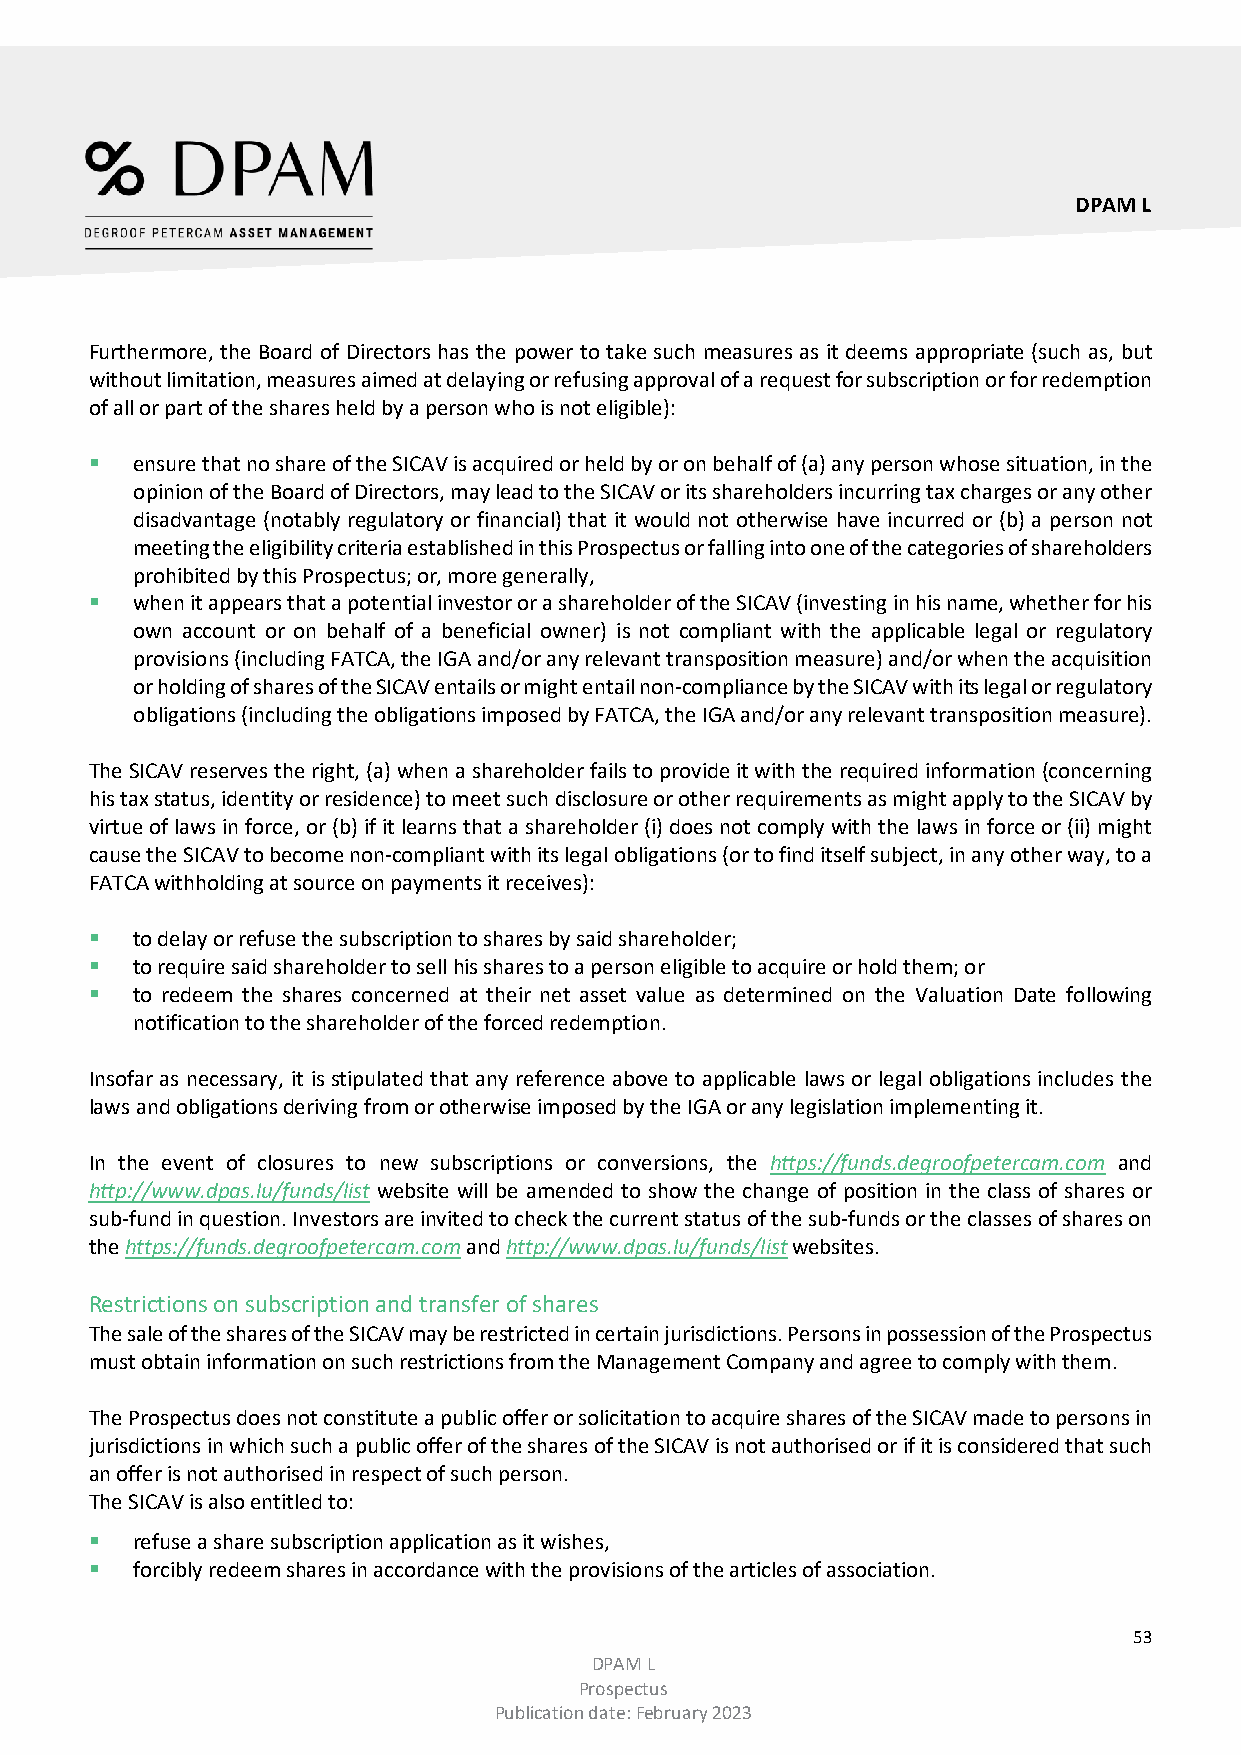
DPAM L
 Furthermore, the Board of Directors has the power to take such measures as it deems appropriate (such as, but
 without limitation, measures aimed at delaying or refusing approval of a request for subscription or for redemption
 of all or part of the shares held by a person who is not eligible):
   ensure that no share of the SICAV is acquired or held by or on behalf of (a) any person whose situation, in the
 opinion of the Board of Directors, may lead to the SICAV or its shareholders incurring tax charges or any other
 disadvantage (notably regulatory or financial) that it would not otherwise have incurred or (b) a person not
 meeting the eligibility criteria established in this Prospectus or falling into one of the categories of shareholders
 prohibited by this Prospectus; or, more generally,
   when it appears that a potential investor or a shareholder of the SICAV (investing in his name, whether for his
 own account or on behalf of a beneficial owner) is not compliant with the applicable legal or regulatory
 provisions (including FATCA, the IGA and/or any relevant transposition measure) and/or when the acquisition
 or holding of shares of the SICAV entails or might entail non-compliance by the SICAV with its legal or regulatory
 obligations (including the obligations imposed by FATCA, the IGA and/or any relevant transposition measure).
 The SICAV reserves the right, (a) when a shareholder fails to provide it with the required information (concerning
 his tax status, identity or residence) to meet such disclosure or other requirements as might apply to the SICAV by
 virtue of laws in force, or (b) if it learns that a shareholder (i) does not comply with the laws in force or (ii) might
 cause the SICAV to become non-compliant with its legal obligations (or to find itself subject, in any other way, to a
 FATCA withholding at source on payments it receives):
   to delay or refuse the subscription to shares by said shareholder;
   to require said shareholder to sell his shares to a person eligible to acquire or hold them; or
   to redeem the shares concerned at their net asset value as determined on the Valuation Date following
 notification to the shareholder of the forced redemption.
 Insofar as necessary, it is stipulated that any reference above to applicable laws or legal obligations includes the
 laws and obligations deriving from or otherwise imposed by the IGA or any legislation implementing it.
 In the event of closures to new subscriptions or conversions, the https://funds.degroofpetercam.com and
 http://www.dpas.lu/funds/list website will be amended to show the change of position in the class of shares or
 sub-fund in question. Investors are invited to check the current status of the sub-funds or the classes of shares on
 the https://funds.degroofpetercam.com and http://www.dpas.lu/funds/list websites.
 Restrictions on subscription and transfer of shares
 The sale of the shares of the SICAV may be restricted in certain jurisdictions. Persons in possession of the Prospectus
 must obtain information on such restrictions from the Management Company and agree to comply with them.
 The Prospectus does not constitute a public offer or solicitation to acquire shares of the SICAV made to persons in
 jurisdictions in which such a public offer of the shares of the SICAV is not authorised or if it is considered that such
 an offer is not authorised in respect of such person.
 The SICAV is also entitled to:
   refuse a share subscription application as it wishes,
   forcibly redeem shares in accordance with the provisions of the articles of association.
 53
 DPAM L
 Prospectus
 Publication date: February 2023